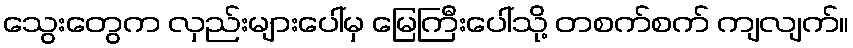
သွေးတွေက လှည်းများပေါ်မှ မြေကြီးပေါ်သို့ တစက်စက် ကျလျက်။